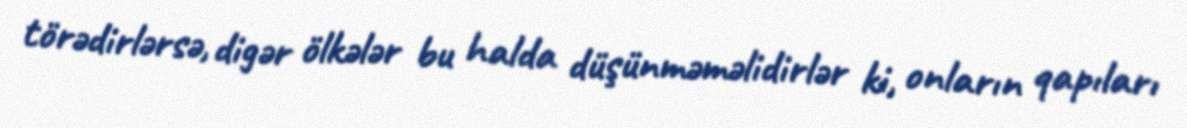
törədirlərsə, digər ölkələr bu halda düşünməməlidirlər ki, onların qapıları